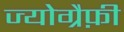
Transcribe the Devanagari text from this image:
ज्योग्रैफ़ी